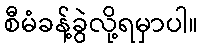
စီမံခန့်ခွဲလို့ရမှာပါ။